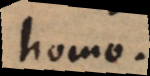
homo.